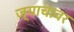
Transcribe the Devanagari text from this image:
ज्याचावर